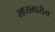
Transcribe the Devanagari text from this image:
मध्यभारीय